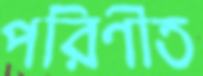
পরিণীত